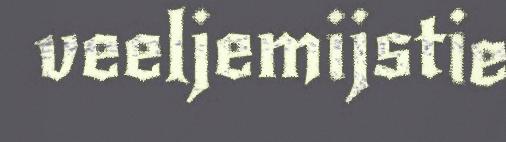
veeljemijstie